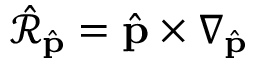
\hat { \mathcal R } _ { \hat { \mathbf p } } = { \hat { \mathbf p } } \times \nabla _ { \hat { \mathbf p } }